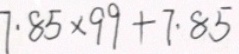
7 . 8 5 \times 9 9 + 7 . 8 5